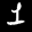
Label: 1